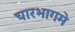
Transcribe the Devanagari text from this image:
चारभागमे